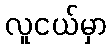
လူငယ်မှာ